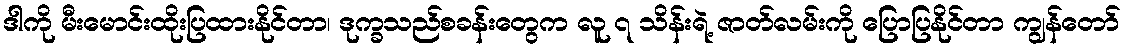
ဒါကို မီးမောင်းထိုးပြထားနိုင်တာ၊ ဒုက္ခသည်စခန်းတွေက လူ ၇ သိန်းရဲ့ ဇာတ်လမ်းကို ပြောပြနိုင်တာ ကျွန်တော်